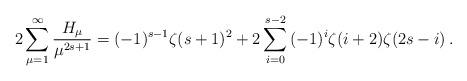
LaTeX: \begin{align*}2\sum_{\mu = 1}^\infty {\frac{{H_\mu }}{{\mu ^{2s + 1} }}} = ( - 1)^{s - 1} \zeta (s + 1)^2 + 2\sum_{i = 0}^{s - 2} {( - 1)^i \zeta (i + 2)\zeta (2s - i)}\,.\end{align*}